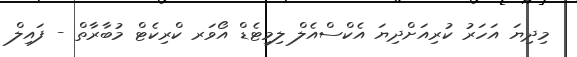
މިދިޔަ އަހަރު ކުރިއަށްދިޔަ އެކްސްއެލް ލިމިޓެޑް އޯވަރ ކްރިކެޓް މުބާރާތް - ފައިލް